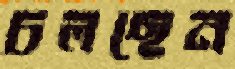
চলছেন